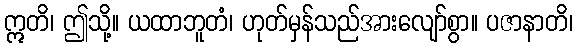
ဣတိ၊ ဤသို့။ ယထာဘူတံ၊ ဟုတ်မှန်သည်အားလျော်စွာ။ ပဇာနာတိ၊